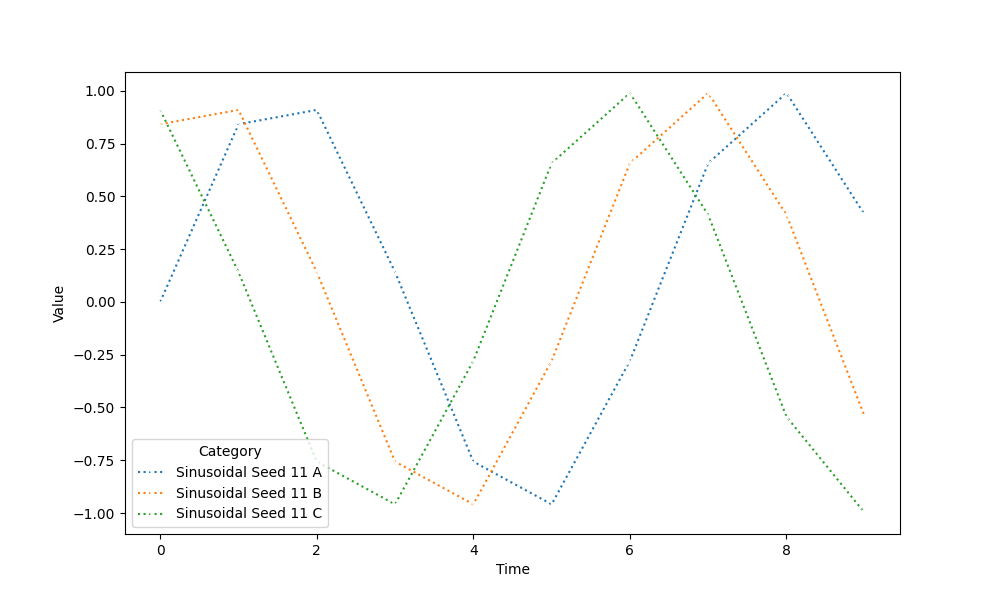
python, seaborn, lineplot, style='dotted', marker='x'